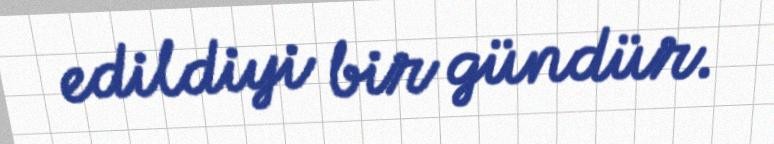
edildiyi bir gündür.